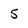
Character: 5